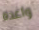
واعدة